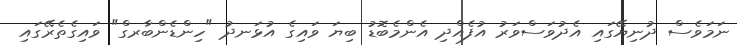
ނަމަވެސް ދުނިޔޭގައި އެދުވަސްވަރު އުފެއްދި އެންމެބޮޑު ބިޔަ ވައިގެ އުޅަނދު "ހިންޑެންބާރގް" ވައިގެތެރޭގައި